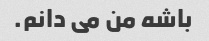
باشه من می دانم.